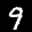
Label: 9